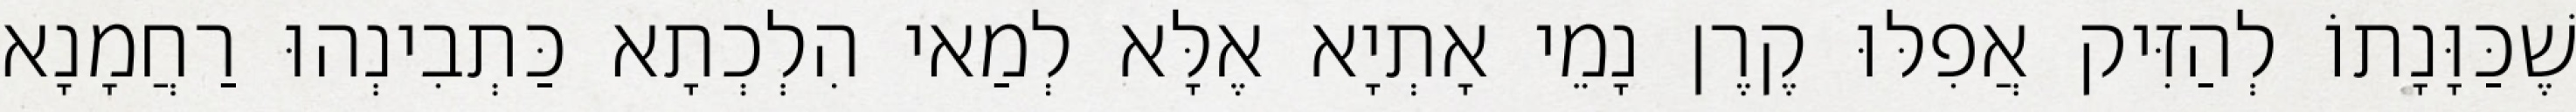
שֶׁכַּוָּנָתוֹ לְהַזִּיק אֲפִלּוּ קֶרֶן נָמֵי אָתְיָא אֶלָּא לְמַאי הִלְכְתָא כַּתְבִינְהוּ רַחֲמָנָא